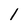
Character: l